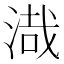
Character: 渽